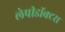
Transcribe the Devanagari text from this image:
लेपीडॉक्टरा